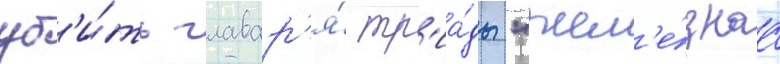
уб'и́ть главар'я́ тр'иа́ды "жел'е́знаа